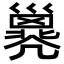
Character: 𢀇